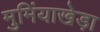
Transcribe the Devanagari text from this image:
मुमिंयाखेड़ा